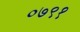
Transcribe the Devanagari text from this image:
०७९१